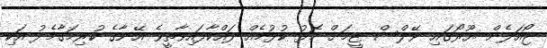
ޖޯއަލެން ޔޫރޯގައި ވޭލްސް ޓީމަށް މޮޅު ކުޅުމެއް ދައްކާފައިވާތީވެ އޭނާގެ ކުރިމަގާމެދު އަކި